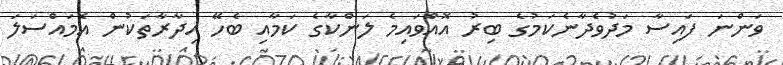
ވަންނަ ފައިސާ މަދުވެދާނެކަމުގެ ބިރު އޮއްވައިމެ ލަންކާގެ ކަމާއި ބެހޭ އިދާރާތަކުން އެމައްސަލަ